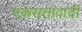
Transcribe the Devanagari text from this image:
एकसत्तावादी